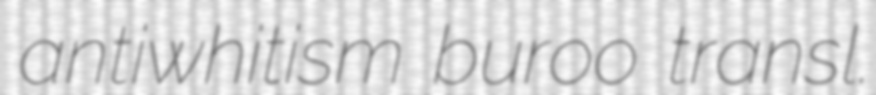
antiwhitism buroo transl.